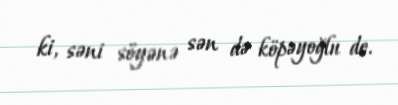
ki, səni söyənə sən də köpəyoğlu de.